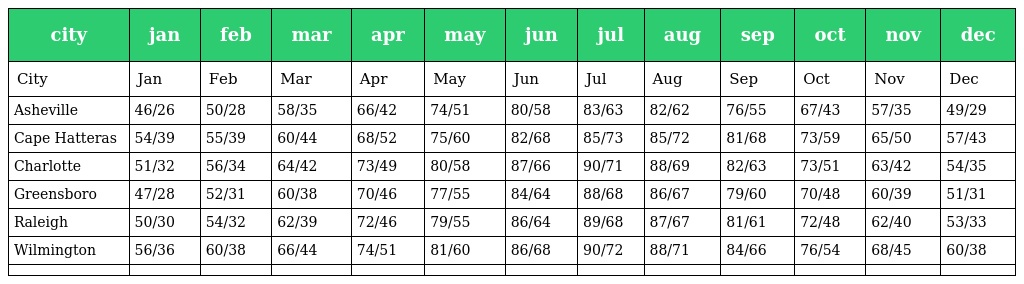
| city | jan | feb | mar | apr | may | jun | jul | aug | sep | oct | nov | dec |
 | --- | --- | --- | --- | --- | --- | --- | --- | --- | --- | --- | --- | --- |
 | City | Jan | Feb | Mar | Apr | May | Jun | Jul | Aug | Sep | Oct | Nov | Dec |
 | Asheville | 46/26 | 50/28 | 58/35 | 66/42 | 74/51 | 80/58 | 83/63 | 82/62 | 76/55 | 67/43 | 57/35 | 49/29 |
 | Cape Hatteras | 54/39 | 55/39 | 60/44 | 68/52 | 75/60 | 82/68 | 85/73 | 85/72 | 81/68 | 73/59 | 65/50 | 57/43 |
 | Charlotte | 51/32 | 56/34 | 64/42 | 73/49 | 80/58 | 87/66 | 90/71 | 88/69 | 82/63 | 73/51 | 63/42 | 54/35 |
 | Greensboro | 47/28 | 52/31 | 60/38 | 70/46 | 77/55 | 84/64 | 88/68 | 86/67 | 79/60 | 70/48 | 60/39 | 51/31 |
 | Raleigh | 50/30 | 54/32 | 62/39 | 72/46 | 79/55 | 86/64 | 89/68 | 87/67 | 81/61 | 72/48 | 62/40 | 53/33 |
 | Wilmington | 56/36 | 60/38 | 66/44 | 74/51 | 81/60 | 86/68 | 90/72 | 88/71 | 84/66 | 76/54 | 68/45 | 60/38 |
 |  |  |  |  |  |  |  |  |  |  |  |  |  |